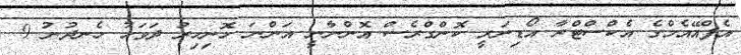
އެފްއޭއެމްގެ އެކްސްޓްރާ އޯޑިނަރީ ކޮންގްރެސް އޮންނާނީ އަންނަ ހޮނިހިރު ދަވަހު ހެނދުނު 9